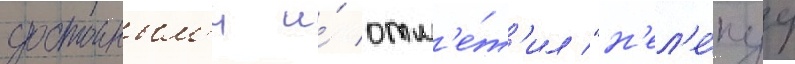
достоиным'и и́ отм'е́т'ил "н'ел'е́пуу